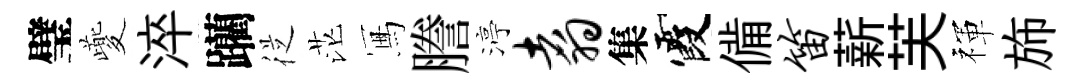
璧夔淬躪従茫冩謄渟翥集霞備笛薪芙禈斾